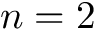
n = 2